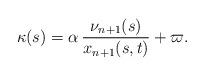
LaTeX: \begin{align*}\kappa(s)=\alpha\,\frac{\nu_{n+1}(s)}{x_{n+1}(s,t)}+\varpi.\end{align*}